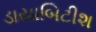
ડાયાબિટીશ